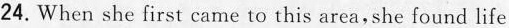
24.When she first came to this area,she found life